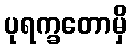
ပုရက္ခတောမှိ